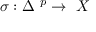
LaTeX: \sigma : \Delta \ ^ { p } \rightarrow \ X